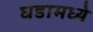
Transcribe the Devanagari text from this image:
घडामध्ये